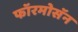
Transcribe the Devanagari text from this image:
फॉरमोसॅन